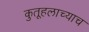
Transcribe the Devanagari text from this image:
कुतूहलाच्याच